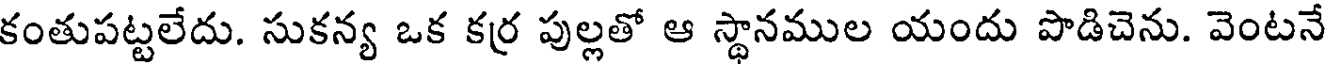
కంతుపట్టలేదు. సుకన్య ఒక కర్ర పుల్లతో ఆ స్థానముల యందు పొడిచెను. వెంటనే